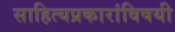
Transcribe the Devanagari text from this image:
साहित्यप्रकारांविषयी